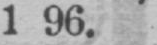
1 96.